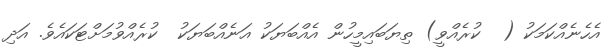
އެހެނެއްކަމަކު (  ކުރެއްވީ) ތިޔަބައިމީހުން އެއްބަޔަކު އަނެއްބަޔަކު  ކުރެއްވުމަށްޓަކައެވެ. އަދި